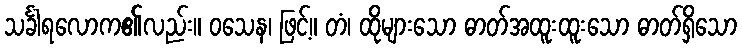
သင်္ခါရလောက၏လည်း။ ဝသေန၊ ဖြင့်။ တံ၊ ထိုများသော ဓာတ်အထူးထူးသော ဓာတ်ရှိသော